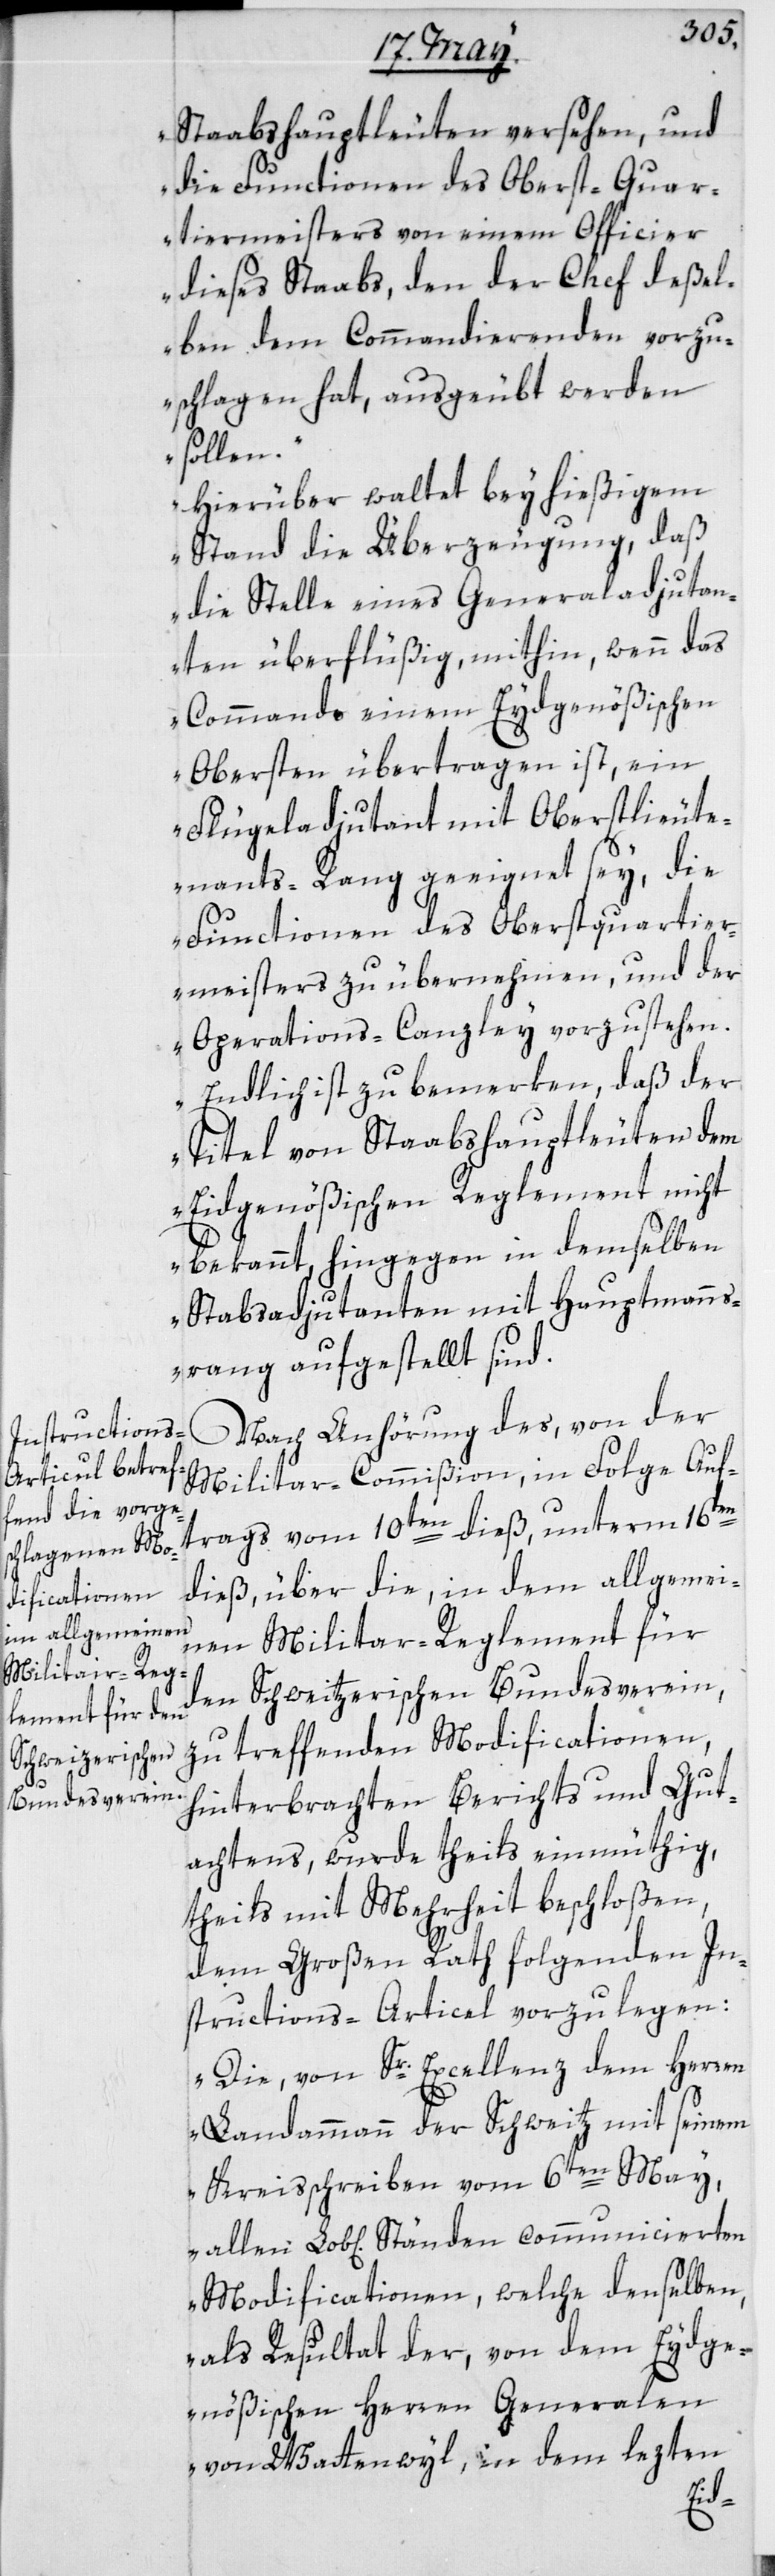
Stabshauptleuten versehen, und
die Functionen des Oberst-Quar¬
tiermeisters von einem Officier
dieses Stabs, den der Chef deßel¬
ben dem Commandierenden vorzu¬
schlagen hat, ausgeübt werden
sollen.“
„Hierüber waltet bey hießigem
Stand die Überzeugung, daß
die Stelle eines Generaladjutan¬
ten überflüßig, mithin wenn das
Commando einem Eydgenößischen
Obersten übertragen ist, ein
Flügeladjutant mit Oberstlieute¬
nant-Rang geeignet sei, die
Functionen des Oberst-Quartier¬
meisters zu übernehmen, und der
Operations-Canzley vorzustehen.
Endlich ist zu bemerken, daß der
Titel von Stabshauptleuten dem
Eidgenößischen Reglement nicht
bekannt, hingegen in demselben
Stabsadjutanten mit Hauptmanns¬
rang aufgestellt sind.“
Nach Anhörung des, von der
Militar-Commißion in Folge Auft¬
rags vom 10ten dieß, unterm 16ten
dieß, über die in dem allgemei¬
nen Militar-Reglement für
den Schweizerischen Bundesverein,
zu treffenden Modificationen,
hinterbrachten Berichts und Gut¬
achtens, wurde theils einmüthig,
theils mit Mehrheit beschloßen,
dem Großen Rath folgenden In¬
structions-Articel vorzulegen:
„Die, von Sr. Excellenz dem Herren
Landammann der Schweitz mit seinem
Kreisschreiben vom 6ten May,
Modificationen, welche denselben
als Resultat der, von dem Eydge¬
nößischen Herren Generalen
von Wattenwyl, in dem lezten